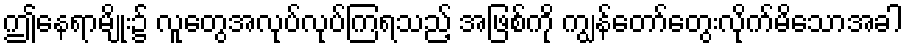
ဤနေရာမျိုး၌ လူတွေအလုပ်လုပ်ကြရသည့် အဖြစ်ကို ကျွန်တော်တွေးလိုက်မိသောအခါ